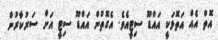
އޮތް އެއް އަތޮޅަކީ އައްޑޫ ސިޓީއެވެ. އެގޮތުން އައްޑޫ ސިޓީ އަށް ސަރުކާރުން